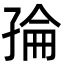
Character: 𭓌